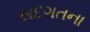
સદગતના